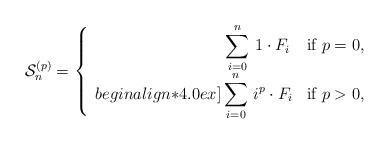
LaTeX: \begin{align*} \mathcal{S}_n^{(p)} = \left\{ \begin{array}{rl}\displaystyle\sum_{i=0}^{n} \, 1 \cdot F_{i} \, & \mbox{if $p=0$},\\begin{align*}4.0ex]\displaystyle\sum_{i=0}^{n} \, i^p \cdot F_{i} & \mbox{if $p>0$},\end{array} \right. \end{align*}